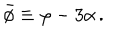
LaTeX: \bar { \phi } \equiv \varphi - 3 \alpha \, .